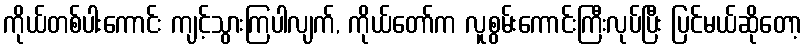
ကိုယ်တစ်ပါးကောင်း ကျင့်သွားကြပါလျက်, ကိုယ်တော်က လူစွမ်းကောင်းကြီးလုပ်ပြီး ပြင်မယ်ဆိုတော့